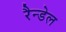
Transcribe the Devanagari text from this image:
रैन्डेल